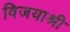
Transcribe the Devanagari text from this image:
विजयाश्री